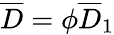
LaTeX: \overline{{D}}=\phi\overline{{D}}_{1}